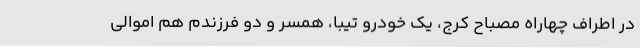
در اطراف چهاراه مصباح کرج، یک خودرو تیبا، همسر و دو فرزندم هم اموالی